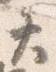
て